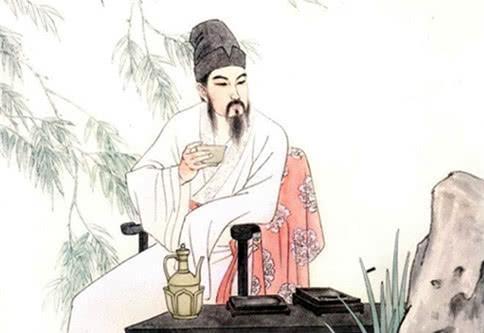
无计奈情何，且醉金杯酒。